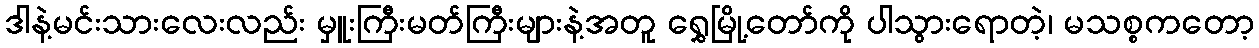
ဒါနဲ့မင်းသားလေးလည်း မှူးကြီးမတ်ကြီးများနဲ့အတူ ရွှေမြို့တော်ကို ပါသွားရောတဲ့၊ မသစ္စကတော့